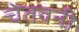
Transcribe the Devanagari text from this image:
चेतवनी